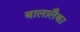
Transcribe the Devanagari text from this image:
बालालैका